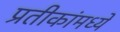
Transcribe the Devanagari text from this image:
प्रतीकांमध्ये